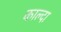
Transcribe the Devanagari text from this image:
काल्दा